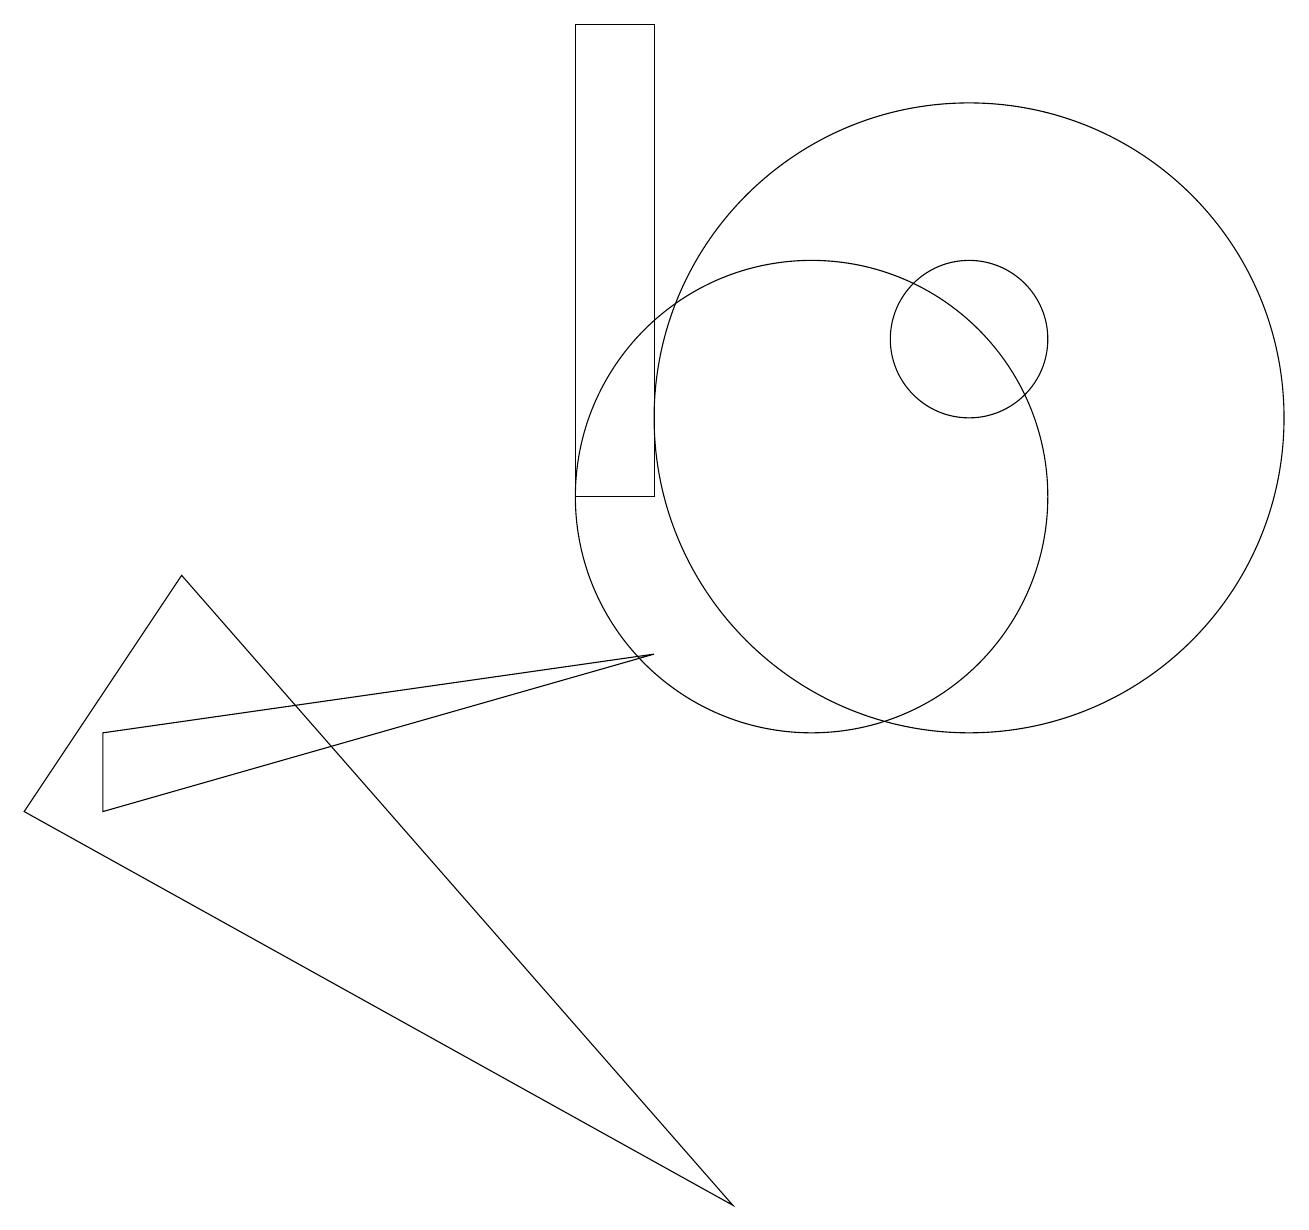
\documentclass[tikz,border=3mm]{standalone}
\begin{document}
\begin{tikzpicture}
\draw (10,10) circle (3);
\draw (0,6) -- (2,9) -- (9,1) -- cycle;
\draw (12,11) circle (4);
\draw (12,12) circle (1);
\draw (7,16) rectangle (8,10);
\draw (8,8) -- (1,6) -- (1,7) -- cycle;
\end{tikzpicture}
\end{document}